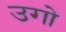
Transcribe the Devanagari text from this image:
उगो